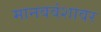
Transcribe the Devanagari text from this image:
मानववंशावर